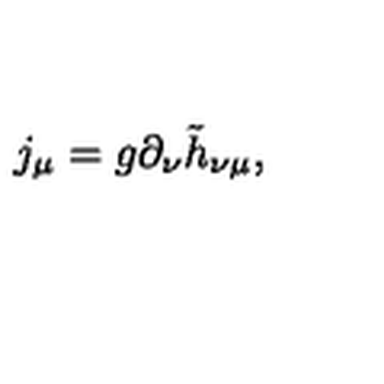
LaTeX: j _ { \mu } = g \partial _ { \nu } \tilde { h } _ { \nu \mu } ,